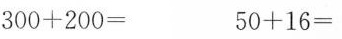
300+200= 50+16=